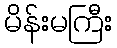
မိန်းမကြီး